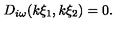
D _ { i \omega } ( k \xi _ { 1 } , k \xi _ { 2 } ) = 0 .